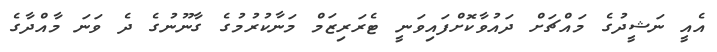
އެއީ ނަޝީދުގެ މައްޗަށް ދައުވާކޮށްފައިވަނީ ޓެރަރިޒަމް މަނާކުރުމުގެ ގާނޫނުގެ ދެ ވަނަ މާއްދާގެ